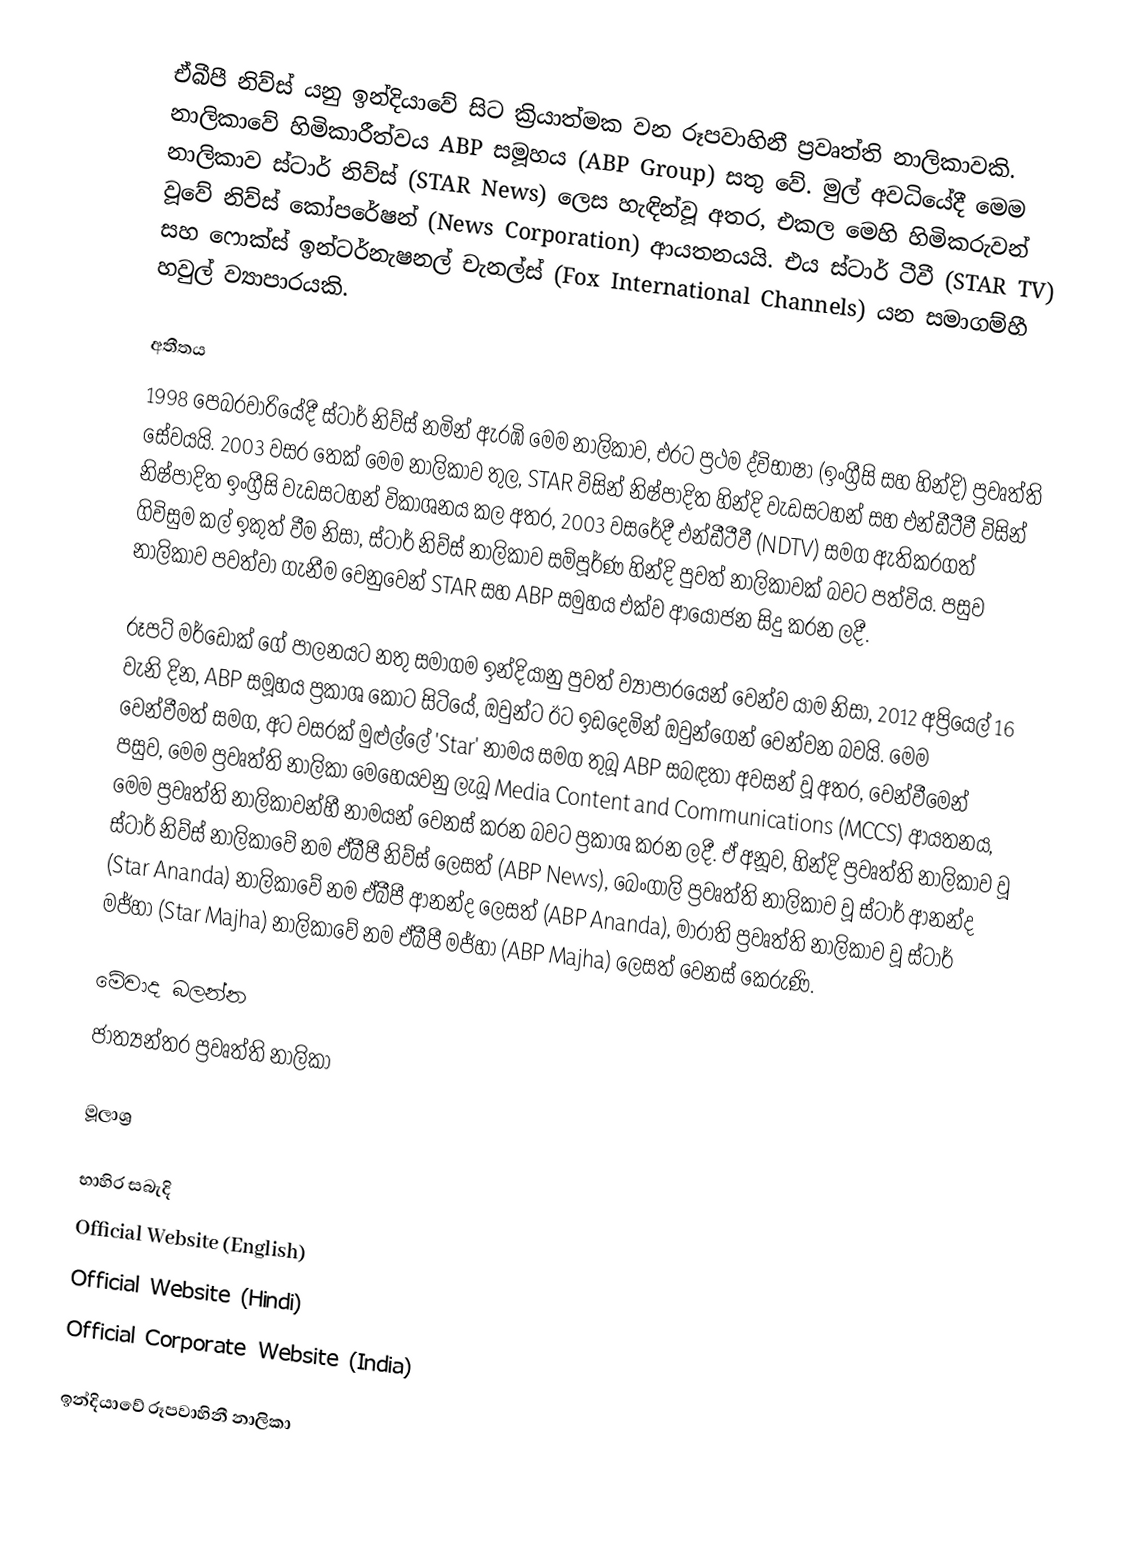
ඒබීපී නිව්ස් යනු ඉන්දියාවේ සිට ක්‍රියාත්මක වන රූපවාහිනී ප්‍රවෘත්ති නාලිකාවකි. නාලිකාවේ හිමිකාරීත්වය ABP සමූහය (ABP Group) සතු වේ. මුල් අවධියේදී මෙම නාලිකාව ස්ටාර් නිව්ස් (STAR News) ලෙස හැඳින්වූ අතර, එකල මෙහි හිමිකරුවන් වූවේ නිව්ස් කෝපරේෂන් (News Corporation) ආයතනයයි. එය ස්ටාර් ටීවී (STAR TV) සහ ෆොක්ස් ඉන්ටර්නැෂනල් චැනල්ස් (Fox International Channels) යන සමාගම්හී හවුල් ව්‍යාපාරයකි.

අතීතය
1998 පෙබරවාරියේදී ස්ටාර් නිව්ස් නමින් ඇරඹි මෙම නාලිකාව, එරට ප්‍රථම ද්විභාෂා (ඉංග්‍රීසි සහ හින්දි) ප්‍රවෘත්ති සේවයයි. 2003 වසර තෙක් මෙම නාලිකාව තුල, STAR විසින් නිෂ්පාදිත හින්දි වැඩසටහන් සහ එන්ඩීටීවී විසින් නිෂ්පාදිත ඉංග්‍රීසි වැඩසටහන් විකාශනය කල අතර, 2003 වසරේදී එන්ඩීටීවී (NDTV) සමග ඇතිකරගත් ගිවිසුම කල් ඉකුත් වීම නිසා, ස්ටාර් නිව්ස් නාලිකාව සම්පූර්ණ හින්දි පුවත් නාලිකාවක් බවට පත්විය. පසුව නාලිකාව පවත්වා ගැනීම වෙනුවෙන් STAR සහ ABP සමුහය එක්ව ආයෝජන සිදු කරන ලදී.

රූපට් මර්ඩොක් ගේ පාලනයට නතු සමාගම ඉන්දියානු පුවත් ව්‍යාපාරයෙන් වෙන්ව යාම නිසා, 2012 අප්‍රියෙල් 16 වැනි දින, ABP සමූහය ප්‍රකාශ කොට සිටියේ, ඔවුන්ට ඊට ඉඩදෙමින් ඔවුන්ගෙන් වෙන්වන බවයි. මෙම වෙන්වීමත් සමග, අට වසරක් මුළුල්ලේ 'Star' නාමය සමග තුබූ ABP සබඳතා අවසන් වූ අතර, වෙන්වීමෙන් පසුව, මෙම ප්‍රවෘත්ති නාලිකා මෙහෙයවනු ලැබූ Media Content and Communications (MCCS) ආයතනය, මෙම ප්‍රවෘත්ති නාලිකාවන්හී නාමයන් වෙනස් කරන බවට ප්‍රකාශ කරන ලදී. ඒ අනූව, හින්දි ප්‍රවෘත්ති නාලිකාව වූ ස්ටාර් නිව්ස් නාලිකාවේ නම ඒබීපී නිව්ස් ලෙසත් (ABP News), බෙංගාලි ප්‍රවෘත්ති නාලිකාව වූ ස්ටාර් ආනන්ද (Star Ananda) නාලිකාවේ නම ඒබීපී ආනන්ද ලෙසත් (ABP Ananda), මාරාති ප්‍රවෘත්ති නාලිකාව වූ ස්ටාර් මජ්හා (Star Majha) නාලිකාවේ නම ඒබීපී මජ්හා (ABP Majha) ලෙසත් වෙනස් කෙරුණි.

මේවාද බලන්න
 ජාත්‍යන්තර ප්‍රවෘත්ති නාලිකා

මූලාශ්‍ර

භාහිර සබැදි
 Official Website (English)
 Official Website (Hindi)
 Official Corporate Website (India)

ඉන්දියාවේ රූපවාහිනී නාලිකා